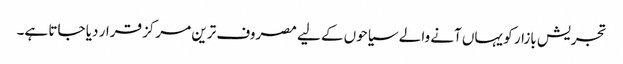
تجریش بازار کو یہاں آنے والے سیاحوں کے لیے مصروف ترین مرکز قرار دیا جاتا ہے۔